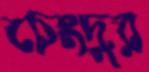
চেংদুর